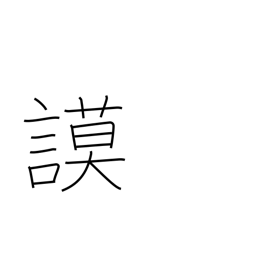
Meaning: deliberate